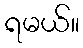
ရမယ်။